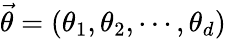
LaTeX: \vec{\theta}=(\theta_{1},\theta_{2},\cdots,\theta_{d})